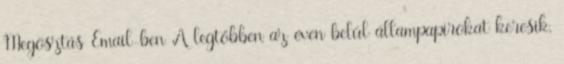
Megosztás Email-ben A legtöbben az éven belül állampapírokat keresik,